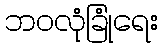
ဘဝလုံခြုံရေး